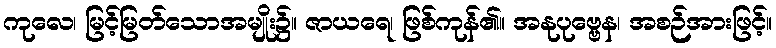
ကုလေ၊ မြင့်မြတ်သောအမျိုး၌။ ဇာယရေ၊ ဖြစ်ကုန်၏။ အနုပုဗ္ဗေန၊ အစဉ်အားဖြင့်။